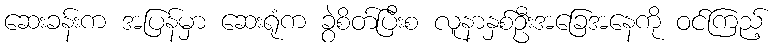
ဆေးခန်းက အပြန်မှာ ဆေးရုံက ခွဲစိတ်ပြီးစ လူနာနှစ်ဦးအခြေအနေကို ဝင်ကြည့်